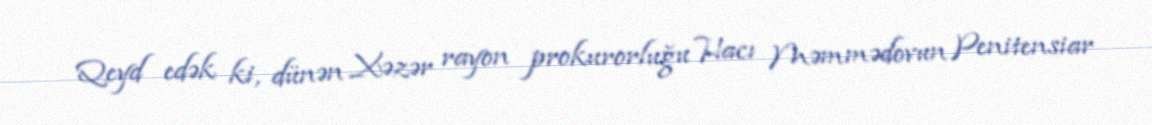
Qeyd edək ki, dünən Xəzər rayon prokurorluğu Hacı Məmmədovun Penitensiar